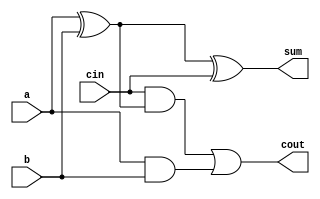
module fa (
  input a, b, cin,
  output cout, sum
);

  wire gen;
  wire prop;

  assign prop = a ^ b;
  assign gen  = a & b;

  assign cout = ( cin & prop ) | gen;
  assign sum  = prop ^ cin;

endmodule

module fa_4bit (
  input [3:0] A, B,
  input Cin,
  output [4:0] F
);

  wire [3:1] carry;

  fa U0 ( .a(A[0]), .b(B[0]), .cin(Cin),      .cout(carry[1]), .sum(F[0]) );
  fa U1 ( .a(A[1]), .b(B[1]), .cin(carry[1]), .cout(carry[2]), .sum(F[1]) );
  fa U2 ( .a(A[2]), .b(B[2]), .cin(carry[2]), .cout(carry[3]), .sum(F[2]) );
  fa U3 ( .a(A[3]), .b(B[3]), .cin(carry[3]), .cout(F[4]),     .sum(F[3]) );

endmodule

module sub_5bit (
  input [4:0] A, B,
  output [4:0] F
);

  wire [4:1] carry;
  wire [4:0] Bn;
  assign Bn = ~B;

  fa U0 ( .a(A[0]), .b(Bn[0]), .cin(1'b1),     .cout(carry[1]), .sum(F[0]) );
  fa U1 ( .a(A[1]), .b(Bn[1]), .cin(carry[1]), .cout(carry[2]), .sum(F[1]) );
  fa U2 ( .a(A[2]), .b(Bn[2]), .cin(carry[2]), .cout(carry[3]), .sum(F[2]) );
  fa U3 ( .a(A[3]), .b(Bn[3]), .cin(carry[3]), .cout(carry[4]), .sum(F[3]) );
  fa U4 ( .a(A[4]), .b(Bn[4]), .cin(carry[4]),                  .sum(F[4]) );

endmodule

module hw6_q1b (
  input [3:0] A, B, C, D,
  output [4:0] F
);

  wire [4:0] AB, CD;

  fa_4bit ApB ( .A(A), .B(B), .Cin(1'b0), .F(AB) );
  fa_4bit CpB ( .A(C), .B(D), .Cin(1'b0), .F(CD) );
  sub_5bit ABsCD ( .A(AB), .B(CD), .F(F) );

endmodule